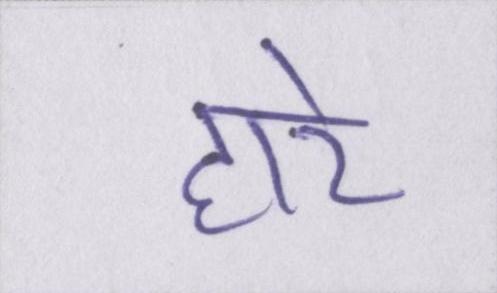
हारे